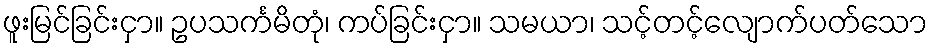
ဖူးမြင်ခြင်းငှာ။ ဥပသင်္ကမိတုံ၊ ကပ်ခြင်းငှာ။ သမယာ၊ သင့်တင့်လျောက်ပတ်သော